Vaccination in Bombay 1863-1868 - 1863-1868
Year: 1863
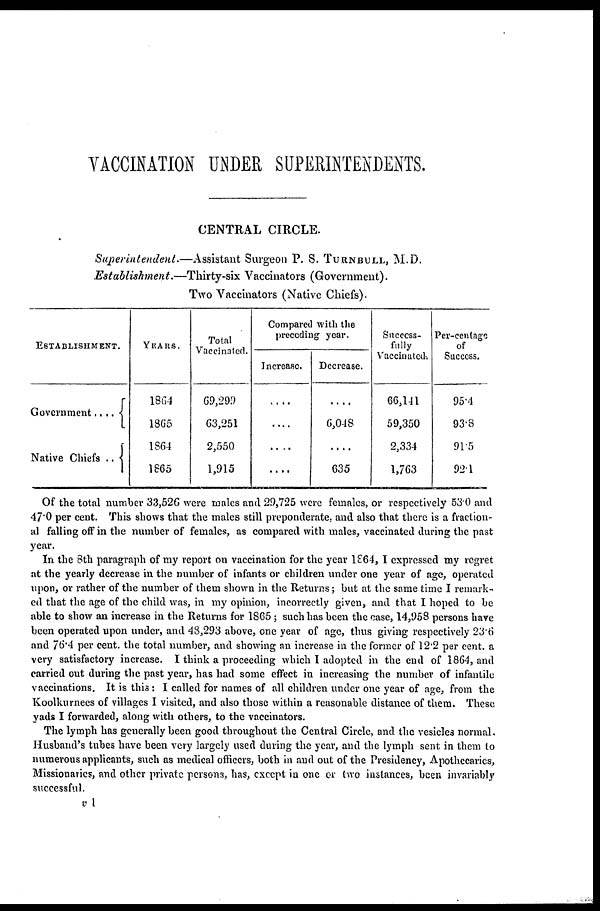
VACCINATION UNDER SUPERINTENDENTS.
CENTRAL CIRCLE.
Superintendent.—Assistant
Surgeon P. S. TURNBULL, M.D.
Establishment.—Thirty-six
Vaccinators (Government).
Two Vaccinators (Native Chiefs).
ESTABLISHMENT.
Government ....
Native Chiefs ..
YEARS.
1864
1865
1864
1865
Total
Vaccinated.
69,299
63,251
2,550
1,915
Compared with the
preceding year.
Increase.
....
....
....
....
Decrease.
....
6,048
....
635
Success-
fully
Vaccinated.
66,141
59,350
2,334
1,763
Per-centage
of
Success.
95.4
93.8
91.5
92.1
Of the total number 33,526 were males and 29,725 were females, or respectively 53.0 and
47.0 per cent. This shows that the males still preponderate, and also that there is a fraction-
al falling off in the number of females, as compared with males, vaccinated during the past
year.
In the 8th paragraph of my report on vaccination for the year 1864, I expressed my regret
at the yearly decrease in the number of infants or children under one year of age, operated
upon, or rather of the number of them shown in the Returns; but at the same time I remark-
ed that the age of the child was, in my opinion, incorrectly given, and that I hoped to be
able to show an increase in the Returns for 1865; such has been the case, 14,958 persons have
been operated upon under, and 48,293 above, one year of age, thus giving respectively 23.6
and 76.4 per cent. the total number, and showing an increase in the former of 12.2 per cent. a
very satisfactory increase. I think a proceeding which I adopted in the end of 1864, and
carried out during the past year, has had some effect in increasing the number of infantile
vaccinations. It is this : I called for names of all children under one year of age, from the
Koolkurnees of villages I visited, and also those within a reasonable distance of them. These
yads I forwarded, along with others, to the vaccinators.
The lymph has generally been good throughout the Central Circle, and the vesicles normal.
Husband's tubes have been very largely used during the year, and the lymph sent in them to
numerous applicants, such as medical officers, both in and out of the Presidency, Apothecaries,
Missionaries, and other private persons, has, except in one or two instances, been invariably
successful.
v I